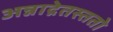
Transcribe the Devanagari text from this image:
अन्नाद्रेतस्ततो